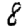
Digit: 8